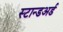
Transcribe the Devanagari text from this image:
स्टान्डअर्ड